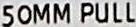
50MM PULL